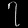
Digit: ၇